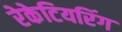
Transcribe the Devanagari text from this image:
रेकेटियरिंग